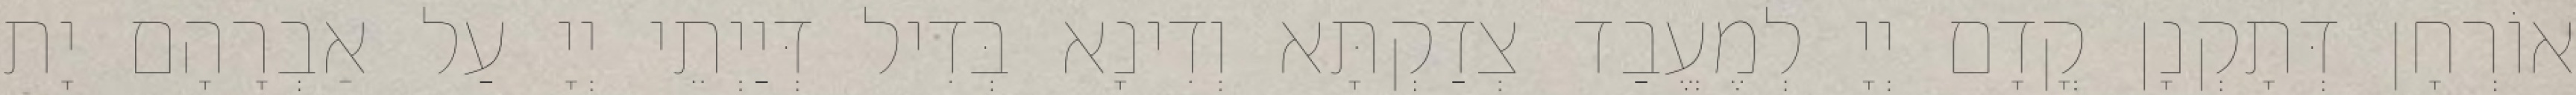
אוֹרְחָן דְּתָקְנָן קֳדָם יְיָ לְמֶעֱבַד צְדַקְתָּא וְדִינָא בְּדִיל דְּיַיְתֵי יְיָ עַל אַבְרָהָם יָת